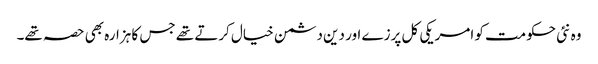
وہ نئی حکومت کو امریکی کل پرزے اور دین دشمن خیال کرتے تھے جس کا ہزارہ بھی حصہ تھے۔